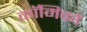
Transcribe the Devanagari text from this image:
काॅमिकों